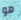
هو